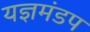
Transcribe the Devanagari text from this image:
यज्ञमंडप